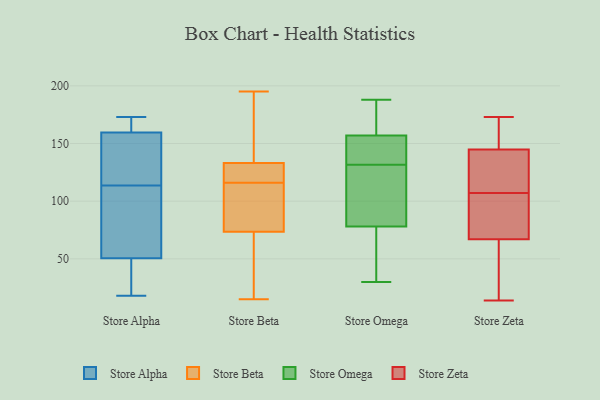
{"axis": {"x": "Customer Acquisition Cost (USD)", "y": "Value"}, "legend": ["Store Alpha", "Store Beta", "Store Omega", "Store Zeta"], "data": [{"x": "", "y": 51, "type": "Store Alpha"}, {"x": "", "y": 73, "type": "Store Alpha"}, {"x": "", "y": 173, "type": "Store Alpha"}, {"x": "", "y": 138, "type": "Store Alpha"}, {"x": "", "y": 50, "type": "Store Alpha"}, {"x": "", "y": 162, "type": "Store Alpha"}, {"x": "", "y": 44, "type": "Store Alpha"}, {"x": "", "y": 18, "type": "Store Alpha"}, {"x": "", "y": 119, "type": "Store Alpha"}, {"x": "", "y": 164, "type": "Store Alpha"}, {"x": "", "y": 87, "type": "Store Alpha"}, {"x": "", "y": 164, "type": "Store Alpha"}, {"x": "", "y": 108, "type": "Store Alpha"}, {"x": "", "y": 160, "type": "Store Alpha"}, {"x": "", "y": 47, "type": "Store Alpha"}, {"x": "", "y": 159, "type": "Store Alpha"}, {"x": "", "y": 154, "type": "Store Alpha"}, {"x": "", "y": 38, "type": "Store Alpha"}, {"x": "", "y": 118, "type": "Store Alpha"}, {"x": "", "y": 109, "type": "Store Alpha"}, {"x": "", "y": 153, "type": "Store Beta"}, {"x": "", "y": 73, "type": "Store Beta"}, {"x": "", "y": 195, "type": "Store Beta"}, {"x": "", "y": 74, "type": "Store Beta"}, {"x": "", "y": 138, "type": "Store Beta"}, {"x": "", "y": 177, "type": "Store Beta"}, {"x": "", "y": 115, "type": "Store Beta"}, {"x": "", "y": 25, "type": "Store Beta"}, {"x": "", "y": 15, "type": "Store Beta"}, {"x": "", "y": 24, "type": "Store Beta"}, {"x": "", "y": 118, "type": "Store Beta"}, {"x": "", "y": 128, "type": "Store Beta"}, {"x": "", "y": 92, "type": "Store Beta"}, {"x": "", "y": 124, "type": "Store Beta"}, {"x": "", "y": 117, "type": "Store Beta"}, {"x": "", "y": 79, "type": "Store Beta"}, {"x": "", "y": 54, "type": "Store Omega"}, {"x": "", "y": 117, "type": "Store Omega"}, {"x": "", "y": 133, "type": "Store Omega"}, {"x": "", "y": 141, "type": "Store Omega"}, {"x": "", "y": 30, "type": "Store Omega"}, {"x": "", "y": 38, "type": "Store Omega"}, {"x": "", "y": 178, "type": "Store Omega"}, {"x": "", "y": 188, "type": "Store Omega"}, {"x": "", "y": 80, "type": "Store Omega"}, {"x": "", "y": 144, "type": "Store Omega"}, {"x": "", "y": 130, "type": "Store Omega"}, {"x": "", "y": 174, "type": "Store Omega"}, {"x": "", "y": 157, "type": "Store Omega"}, {"x": "", "y": 78, "type": "Store Omega"}, {"x": "", "y": 107, "type": "Store Zeta"}, {"x": "", "y": 173, "type": "Store Zeta"}, {"x": "", "y": 147, "type": "Store Zeta"}, {"x": "", "y": 138, "type": "Store Zeta"}, {"x": "", "y": 135, "type": "Store Zeta"}, {"x": "", "y": 61, "type": "Store Zeta"}, {"x": "", "y": 85, "type": "Store Zeta"}, {"x": "", "y": 46, "type": "Store Zeta"}, {"x": "", "y": 90, "type": "Store Zeta"}, {"x": "", "y": 166, "type": "Store Zeta"}, {"x": "", "y": 14, "type": "Store Zeta"}]}